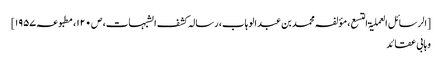
[الرسائل العملیۃ التسع، مؤلفہ محمد بن عبد الوہاب، رسالہ کشف الشبہات، ص۱۲۰، مطبوعہ ۱۹۵۷]
وہابی عقائد